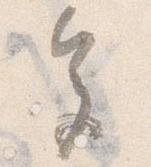
色